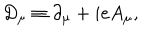
LaTeX: D _ { \mu } \equiv \partial _ { \mu } + i e A _ { \mu } ,